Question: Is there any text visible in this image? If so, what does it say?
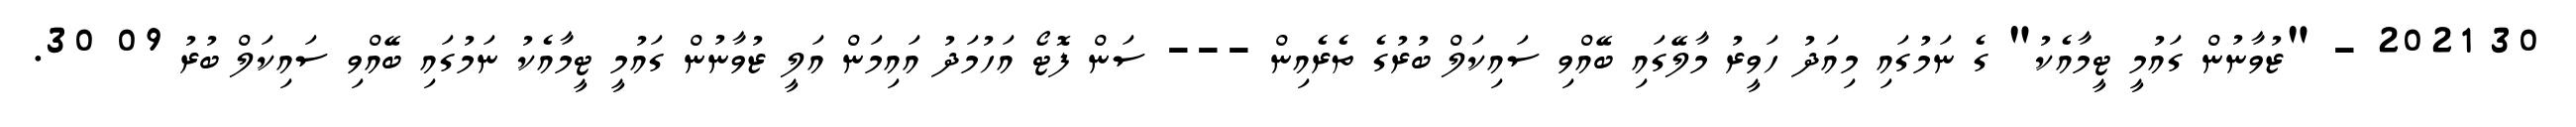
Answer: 30 2021 - "ޒުވާނުން ގައުމީ ޓީމާއެކު" ގެ ނަމުގައި މިއަދު ހަވީރު މާލޭގައި ބޭއްވި ސައިކަލް ބުރުގެ ތެރެއިން --- ސަން ފޮޓޯ އަހުމަދު އައިމަން އަލީ ޒުވާނުން ގައުމީ ޓީމާއެކު ނަމުގައި ބޭއްވި ސައިކަލް ބުރު 09 30.